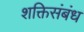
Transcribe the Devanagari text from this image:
शक्तिसंबंध